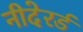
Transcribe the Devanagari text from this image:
नीदेरर्ड